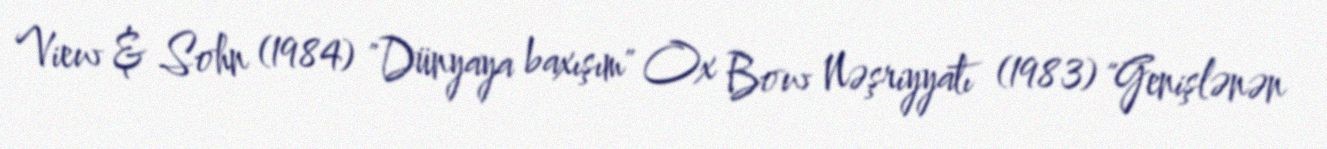
View & Sohn (1984) "Dünyaya baxışım" Ox Bow Nəşriyyatı (1983) "Genişlənən